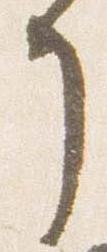
了